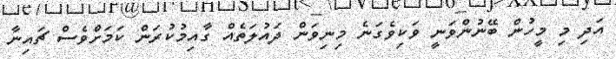
އަދި މި މީހުން ބޭނުންވަނީ ވަކިވެގަނެ މިނިވަން ދައުލަތެއް ގާއިމުކުރަން ކަމަށްވެސް ޗައިނާ